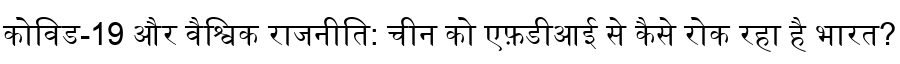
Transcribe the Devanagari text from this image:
कोविड-19 और वैश्विक राजनीति: चीन को एफ़डीआई से कैसे रोक रहा है भारत?